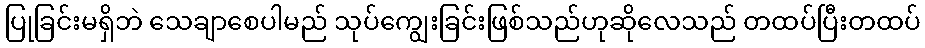
ပြုခြင်းမရှိဘဲ သေချာစေပါမည် သုပ်ကျွေးခြင်းဖြစ်သည်ဟုဆိုလေသည် တထပ်ပြီးတထပ်